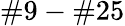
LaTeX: \# 9-\# 25